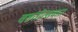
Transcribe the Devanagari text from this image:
वसंतोत्सवात